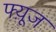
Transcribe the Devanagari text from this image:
फ्य़ूज